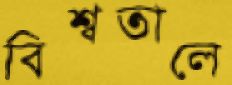
বিশ্বতালে